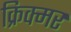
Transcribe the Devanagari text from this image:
क्रिक्मर